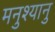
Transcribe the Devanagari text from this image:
मनुश्यानु